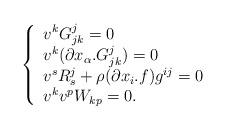
LaTeX: \begin{align*} \left\{ \begin{array}{l} v^k G^j_{jk}=0 \\ v^k (\partial x_\alpha.G^j_{jk})=0 \\ v^s R^j_s+\rho(\partial x_i.f)g^{ij}=0\\ v^kv^p W_{kp}=0.\\ \end{array} \right.\end{align*}